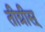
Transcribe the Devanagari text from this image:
तीग्रीस्